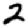
Digit: 2